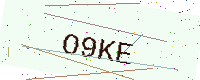
Text: O9KE